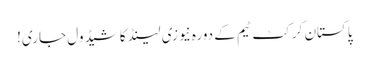
پاکستان کرکٹ ٹیم کے دورہ نیوزی لینڈ کا شیڈول جاری!